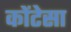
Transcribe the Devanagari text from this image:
कोंटेसा